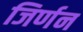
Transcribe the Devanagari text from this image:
जिर्णन